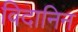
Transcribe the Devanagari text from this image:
विदानिन